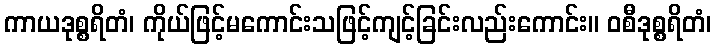
ကာယဒုစ္စရိတံ၊ ကိုယ်ဖြင့်မကောင်းသဖြင့်ကျင့်ခြင်းလည်းကောင်း။ ဝစီဒုစ္စရိတံ၊